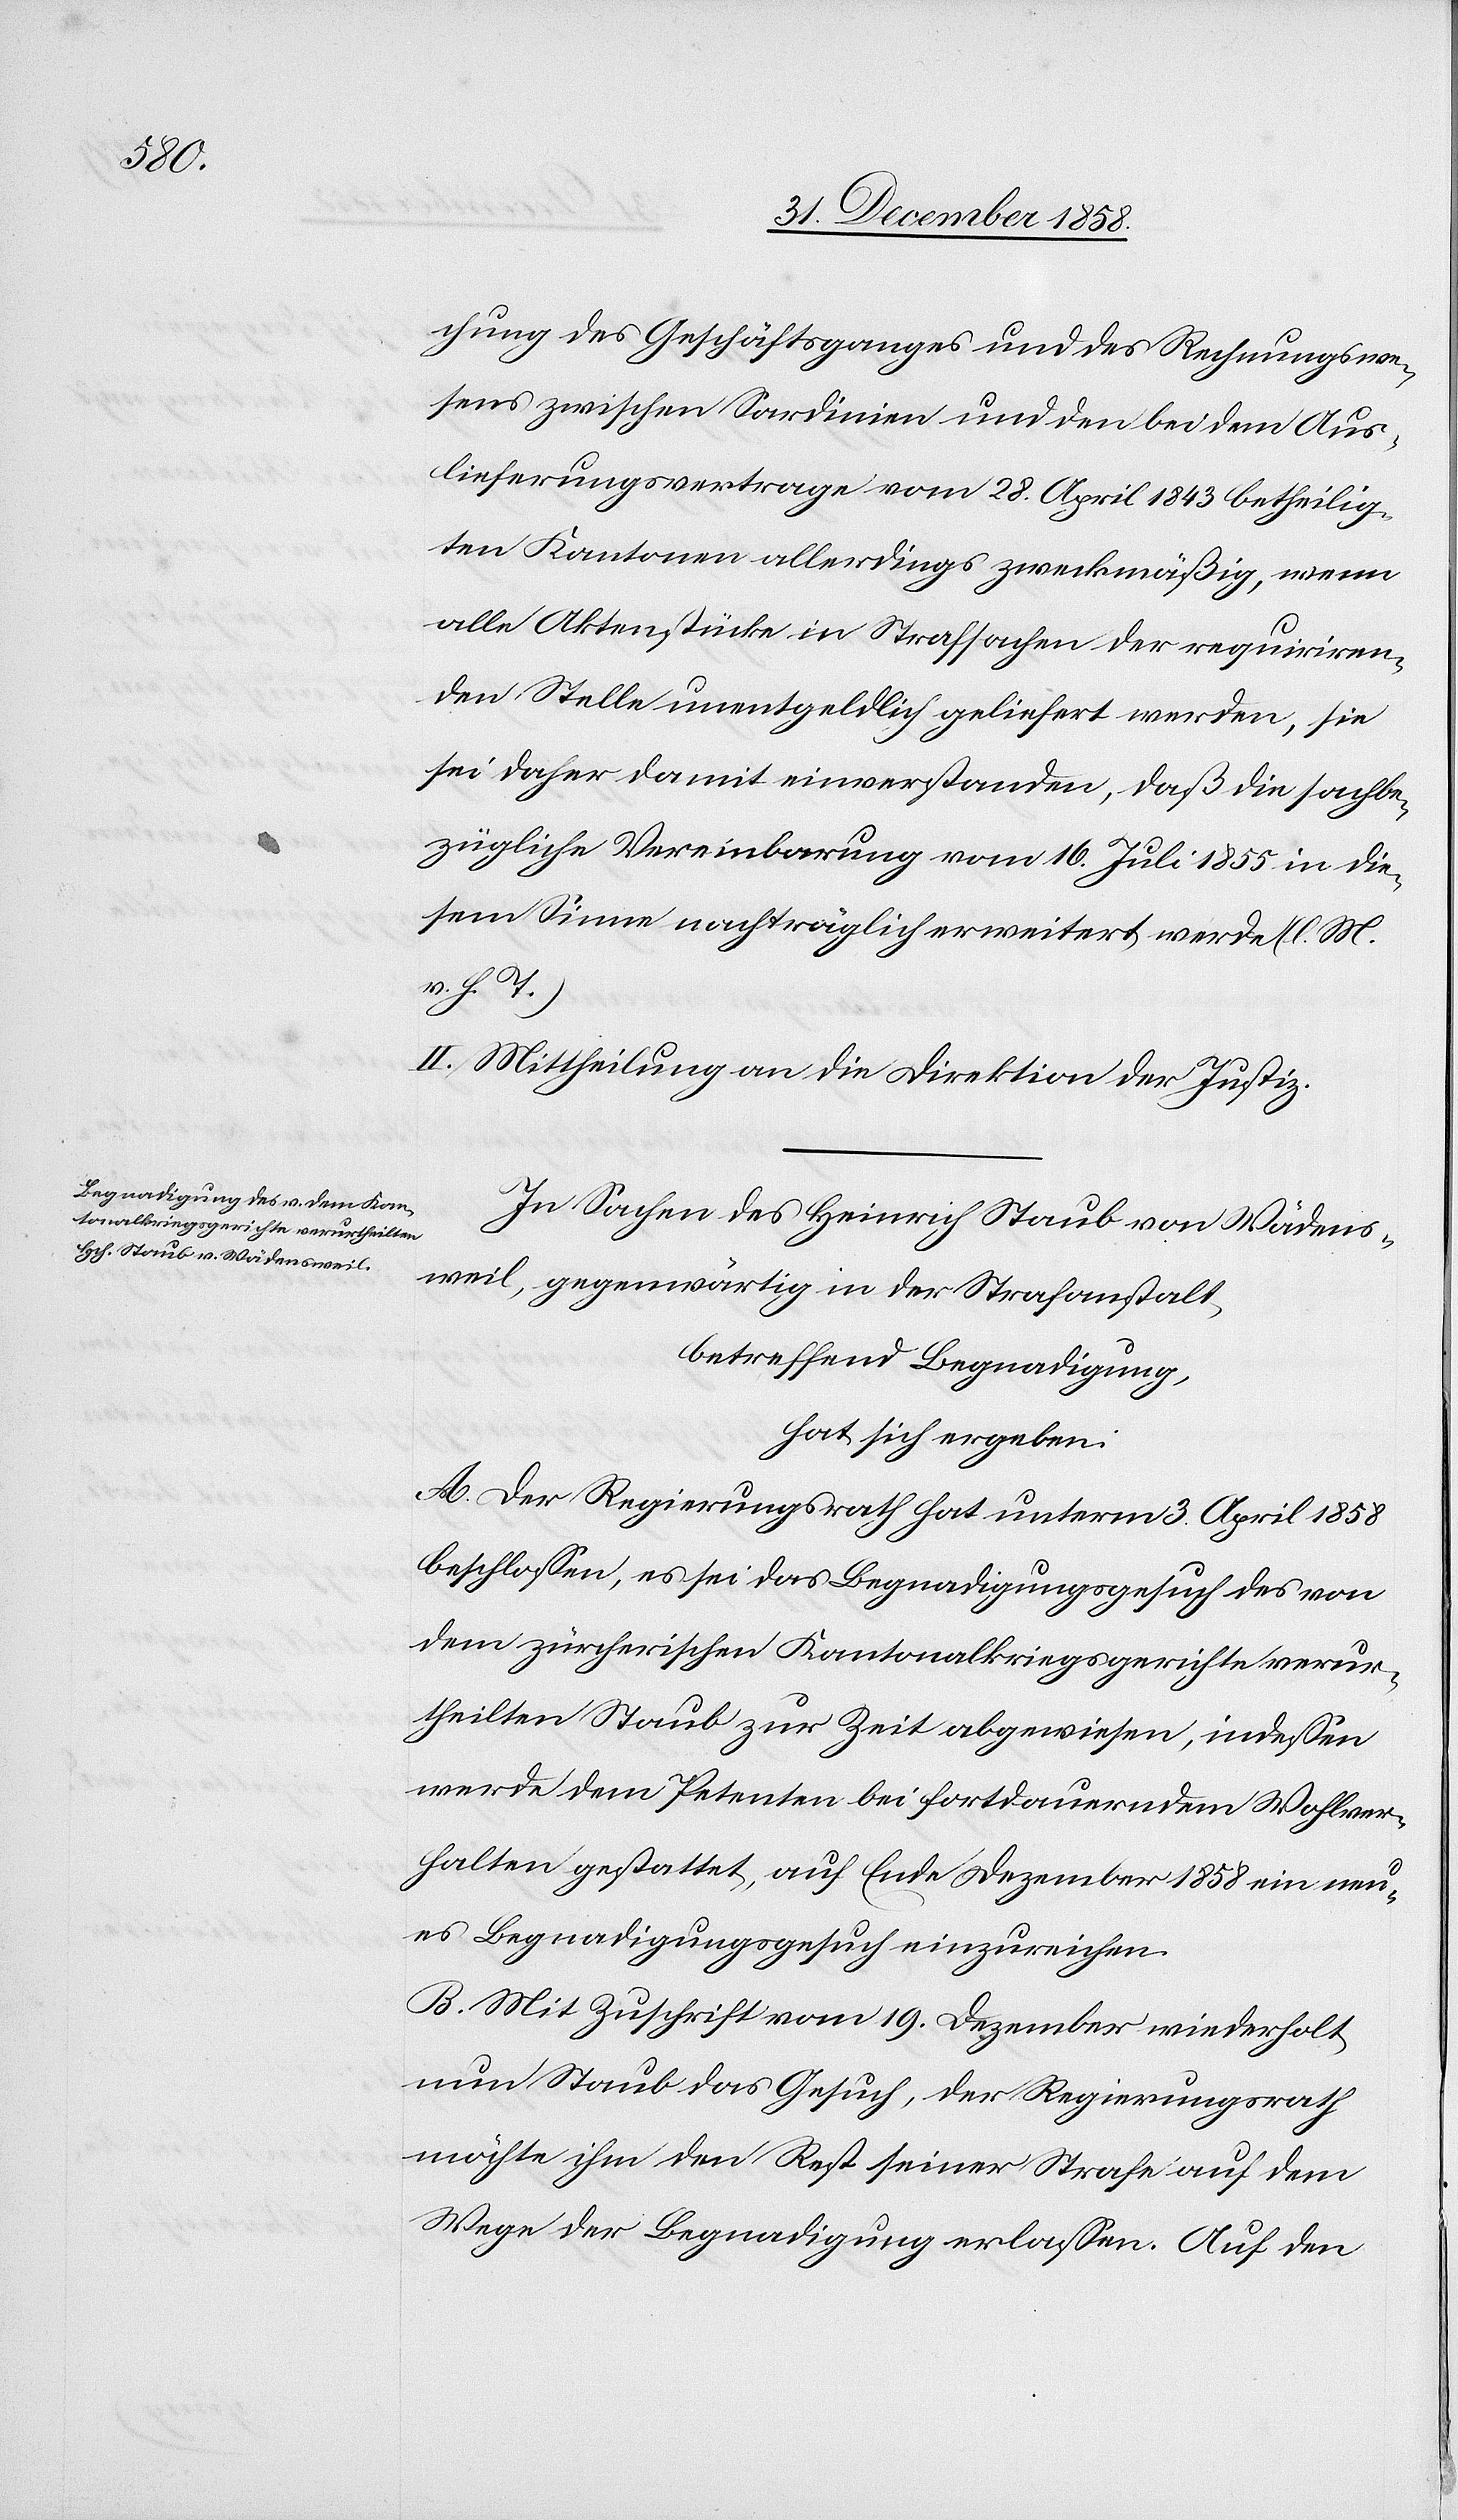
chung des Geschäftsganges und des Rechnungswe¬
sens zwischen Sardinien und den bei dem Aus¬
lieferungsvertrage vom 28. April 1843 betheilig¬
ten Kantonen allerdings zweckmäßig, wenn
alle Aktenstücke in Strafsachen der requiriren¬
den Stelle unentgeldlich geliefert werden, sie
sei daher damit einverstanden, daß die sachbe¬
zügliche Vereinbarung vom 16. Juli 1855 in die¬
sem Sinne nachträglich erweitert werde (l. M.
v. h. T.)
II. Mittheilung an die Direktion der Justiz.
In Sachen des Heinrich Staub von Wädens¬
weil, gegenwärtig in der Strafanstalt,
betreffend Begnadigung,
hat sich ergeben:
A. Der Regierungsrath hat unterm 3. April 1858
beschlossen, es sei das Begnadigungsgesuch des von
dem zürcherischen Kantonalkriegsgerichte verur¬
theilten Staub zur Zeit abgewiesen, indessen
werde dem Petenten bei fortdauerndem Wohlver¬
halten gestattet, auf Ende Dezember 1858 ein neu¬
es Begnadigungsgesuch einzureichen.
B. Mit Zuschrift vom 19. Dezember wiederholt
nun Staub das Gesuch, der Regierungsrath
möchte ihm den Rest seiner Strafe auf dem
Wege der Begnadigung erlassen. Auf den